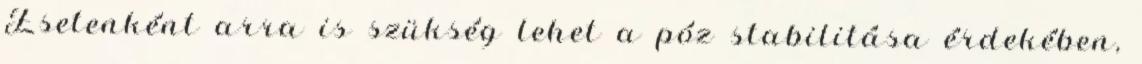
Esetenként arra is szükség lehet a póz stabilitása érdekében,